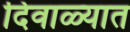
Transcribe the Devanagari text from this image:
दिवाळ्यात